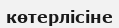
көтерлісіне